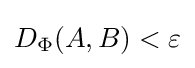
D_{\Phi }(A,B)<\varepsilon